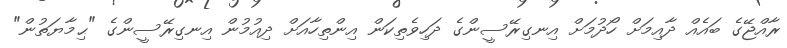
ރާއްޖޭގެ ބައެއް ދާއިމަށް ހޯދުމަށް އިނގިރޭސީންގެ ދަހިވެތިކަން އިންތިހާއަށް ދިއުމުން އިނގިރޭސީންގެ "ޙިމާޔަތުން"